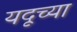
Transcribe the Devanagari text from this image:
यदूच्या